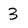
Character: 3